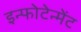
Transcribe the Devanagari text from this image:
इन्फोटेन्मेंट